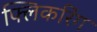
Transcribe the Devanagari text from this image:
फ्लिकरिंग